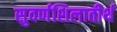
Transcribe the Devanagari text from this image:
सुवर्णशिलातीर्थ